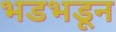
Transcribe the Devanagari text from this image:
भडभडून